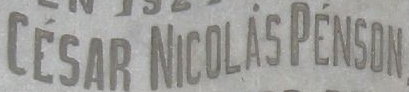
CESAR NICOLASPENSON